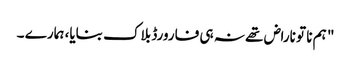
" ہم نا تو ناراض تھے نہ ہی فارورڈ بلاک بنایا، ہمارے ۔